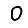
Digit: 0